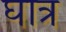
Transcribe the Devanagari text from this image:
घात्र